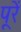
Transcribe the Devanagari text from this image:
पूरें